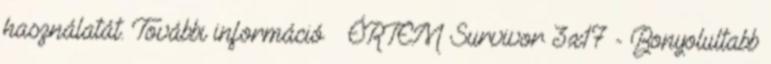
használatát. További információ ÉRTEM Survivor 3x17 - Bonyolultabb